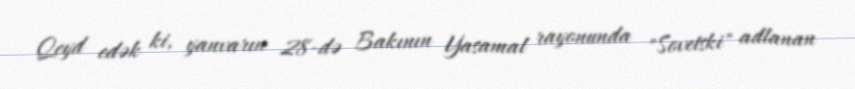
Qeyd edək ki, yanvarın 28-də Bakının Yasamal rayonunda "Sovetski" adlanan